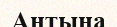
Антына